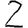
Digit: 2